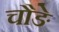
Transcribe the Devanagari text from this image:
चौङे